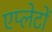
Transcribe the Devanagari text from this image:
एप्लेटों